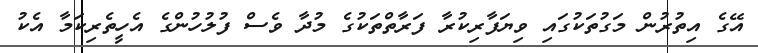
އޭގެ އިތުރުން މަގުތަކުގައި ވިޔަފާރިކުރާ ފަރާތްތަކުގެ މުދާ ވެސް ފުލުހުންގެ އެހީތެރިކަމާ އެކު